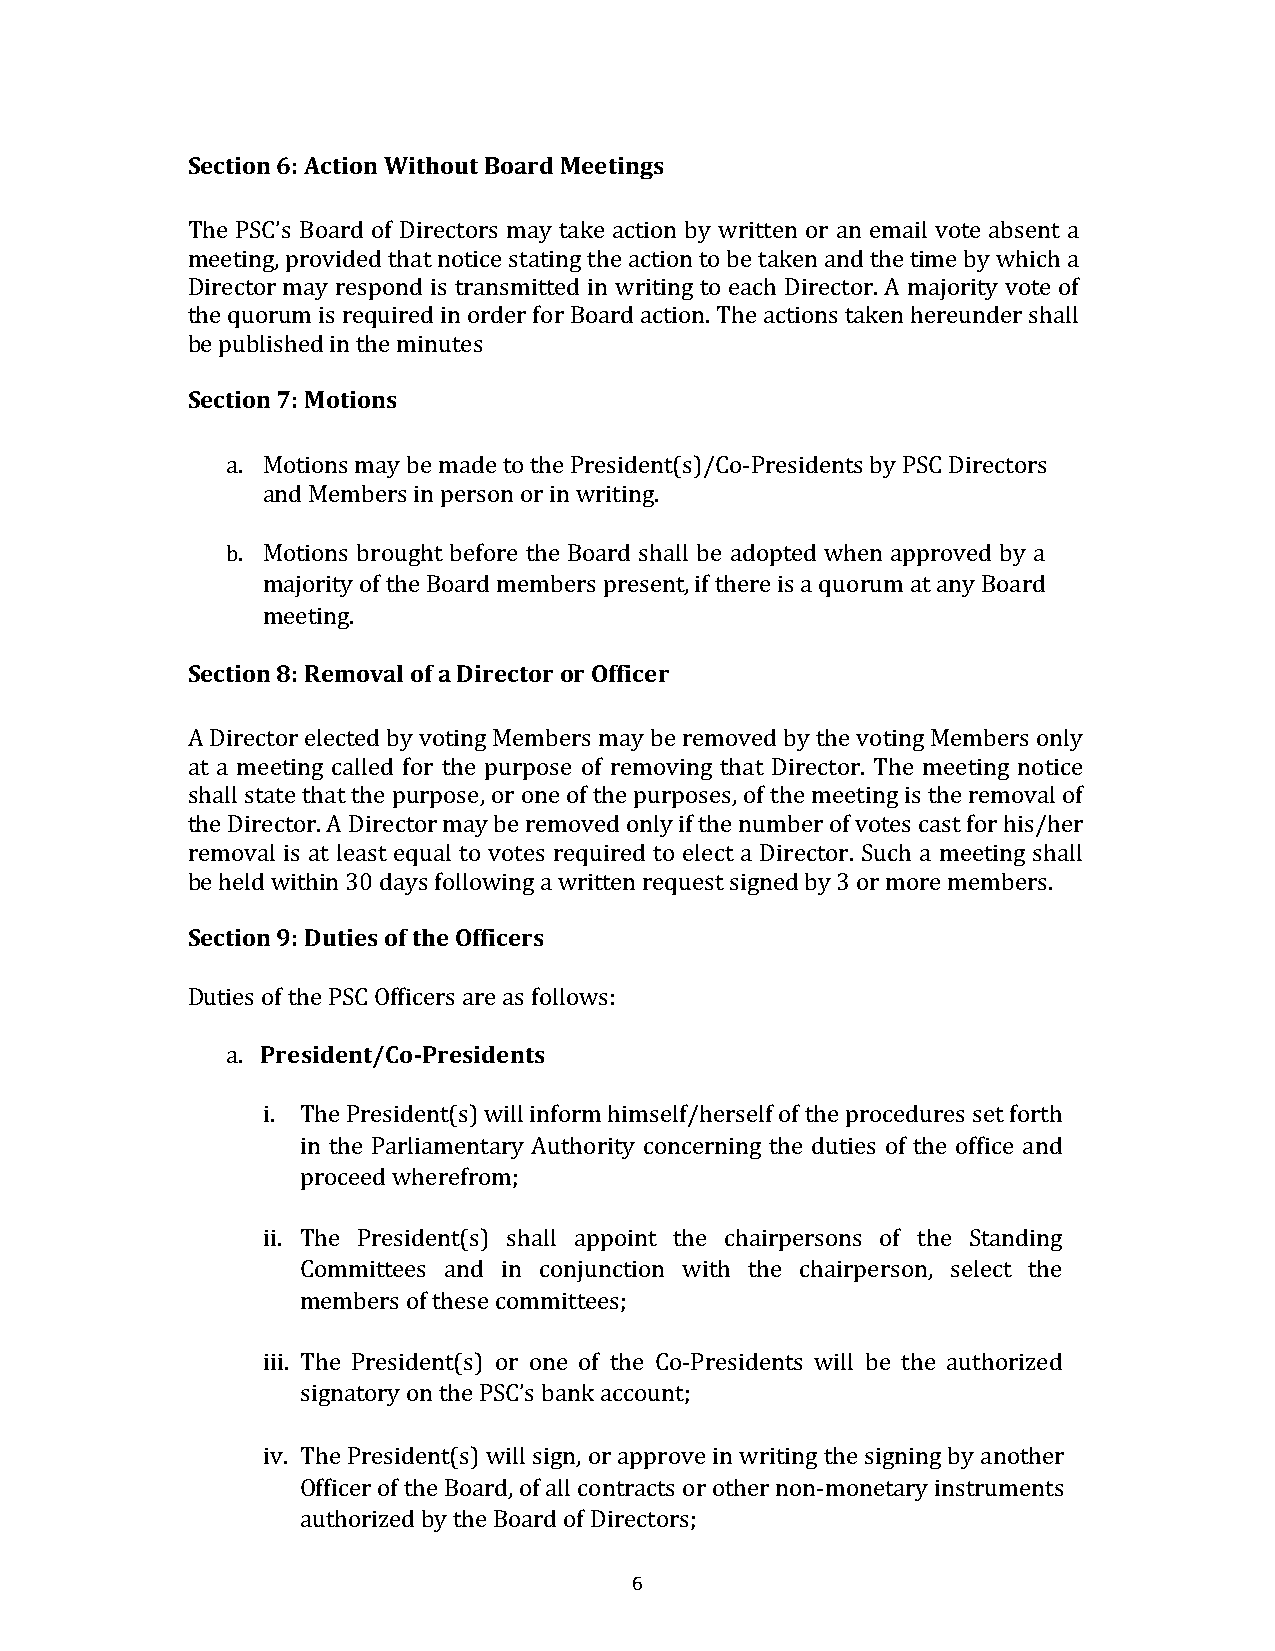
Section 6: Action Without Board Meetings
 The PSC’s Board of Directors may take action by written or an email vote absent a
 meeting, provided that notice stating the action to be taken and the time by which a
 Director may respond is transmitted in writing to each Director. A majority vote of
 the quorum is required in order for Board action. The actions taken hereunder shall
 be published in the minutes
 Section 7: Motions
 a. Motions may be made to the President(s)/Co-Presidents by PSC Directors
 and Members in person or in writing.
 b. Motions brought before the Board shall be adopted when approved by a
 majority of the Board members present, if there is a quorum at any Board
 meeting.
 Section 8: Removal of a Director or Officer
 A Director elected by voting Members may be removed by the voting Members only
 at a meeting called for the purpose of removing that Director. The meeting notice
 shall state that the purpose, or one of the purposes, of the meeting is the removal of
 the Director. A Director may be removed only if the number of votes cast for his/her
 removal is at least equal to votes required to elect a Director. Such a meeting shall
 be held within 30 days following a written request signed by 3 or more members.
 Section 9: Duties of the Officers
 Duties of the PSC Officers are as follows:
 a. President/Co-Presidents
 i. The President(s) will inform himself/herself of the procedures set forth
 in the Parliamentary Authority concerning the duties of the office and
 proceed wherefrom;
 ii. The President(s) shall appoint the chairpersons of the Standing
 Committees and in conjunction with the chairperson, select the
 members of these committees;
 iii. The President(s) or one of the Co-Presidents will be the authorized
 signatory on the PSC’s bank account;
 iv. The President(s) will sign, or approve in writing the signing by another
 Officer of the Board, of all contracts or other non-monetary instruments
 authorized by the Board of Directors;
 6